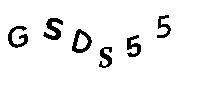
GSDS55